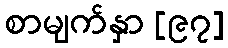
စာမျက်နှာ [၉၇]